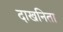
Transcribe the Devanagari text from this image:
दाखनिता